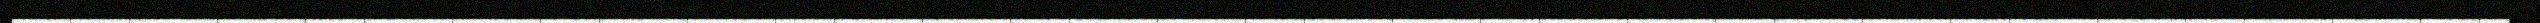
_____________________________________________________________________________________